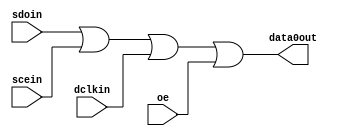
module tornado_epcs_flash_controller_atom (
                                             dclkin,
                                             oe,
                                             scein,
                                             sdoin,
                                             data0out
                                          )
;
  output           data0out;
  input            dclkin;
  input            oe;
  input            scein;
  input            sdoin;
  wire             data0out;
  assign data0out = sdoin | scein | dclkin | oe;
endmodule